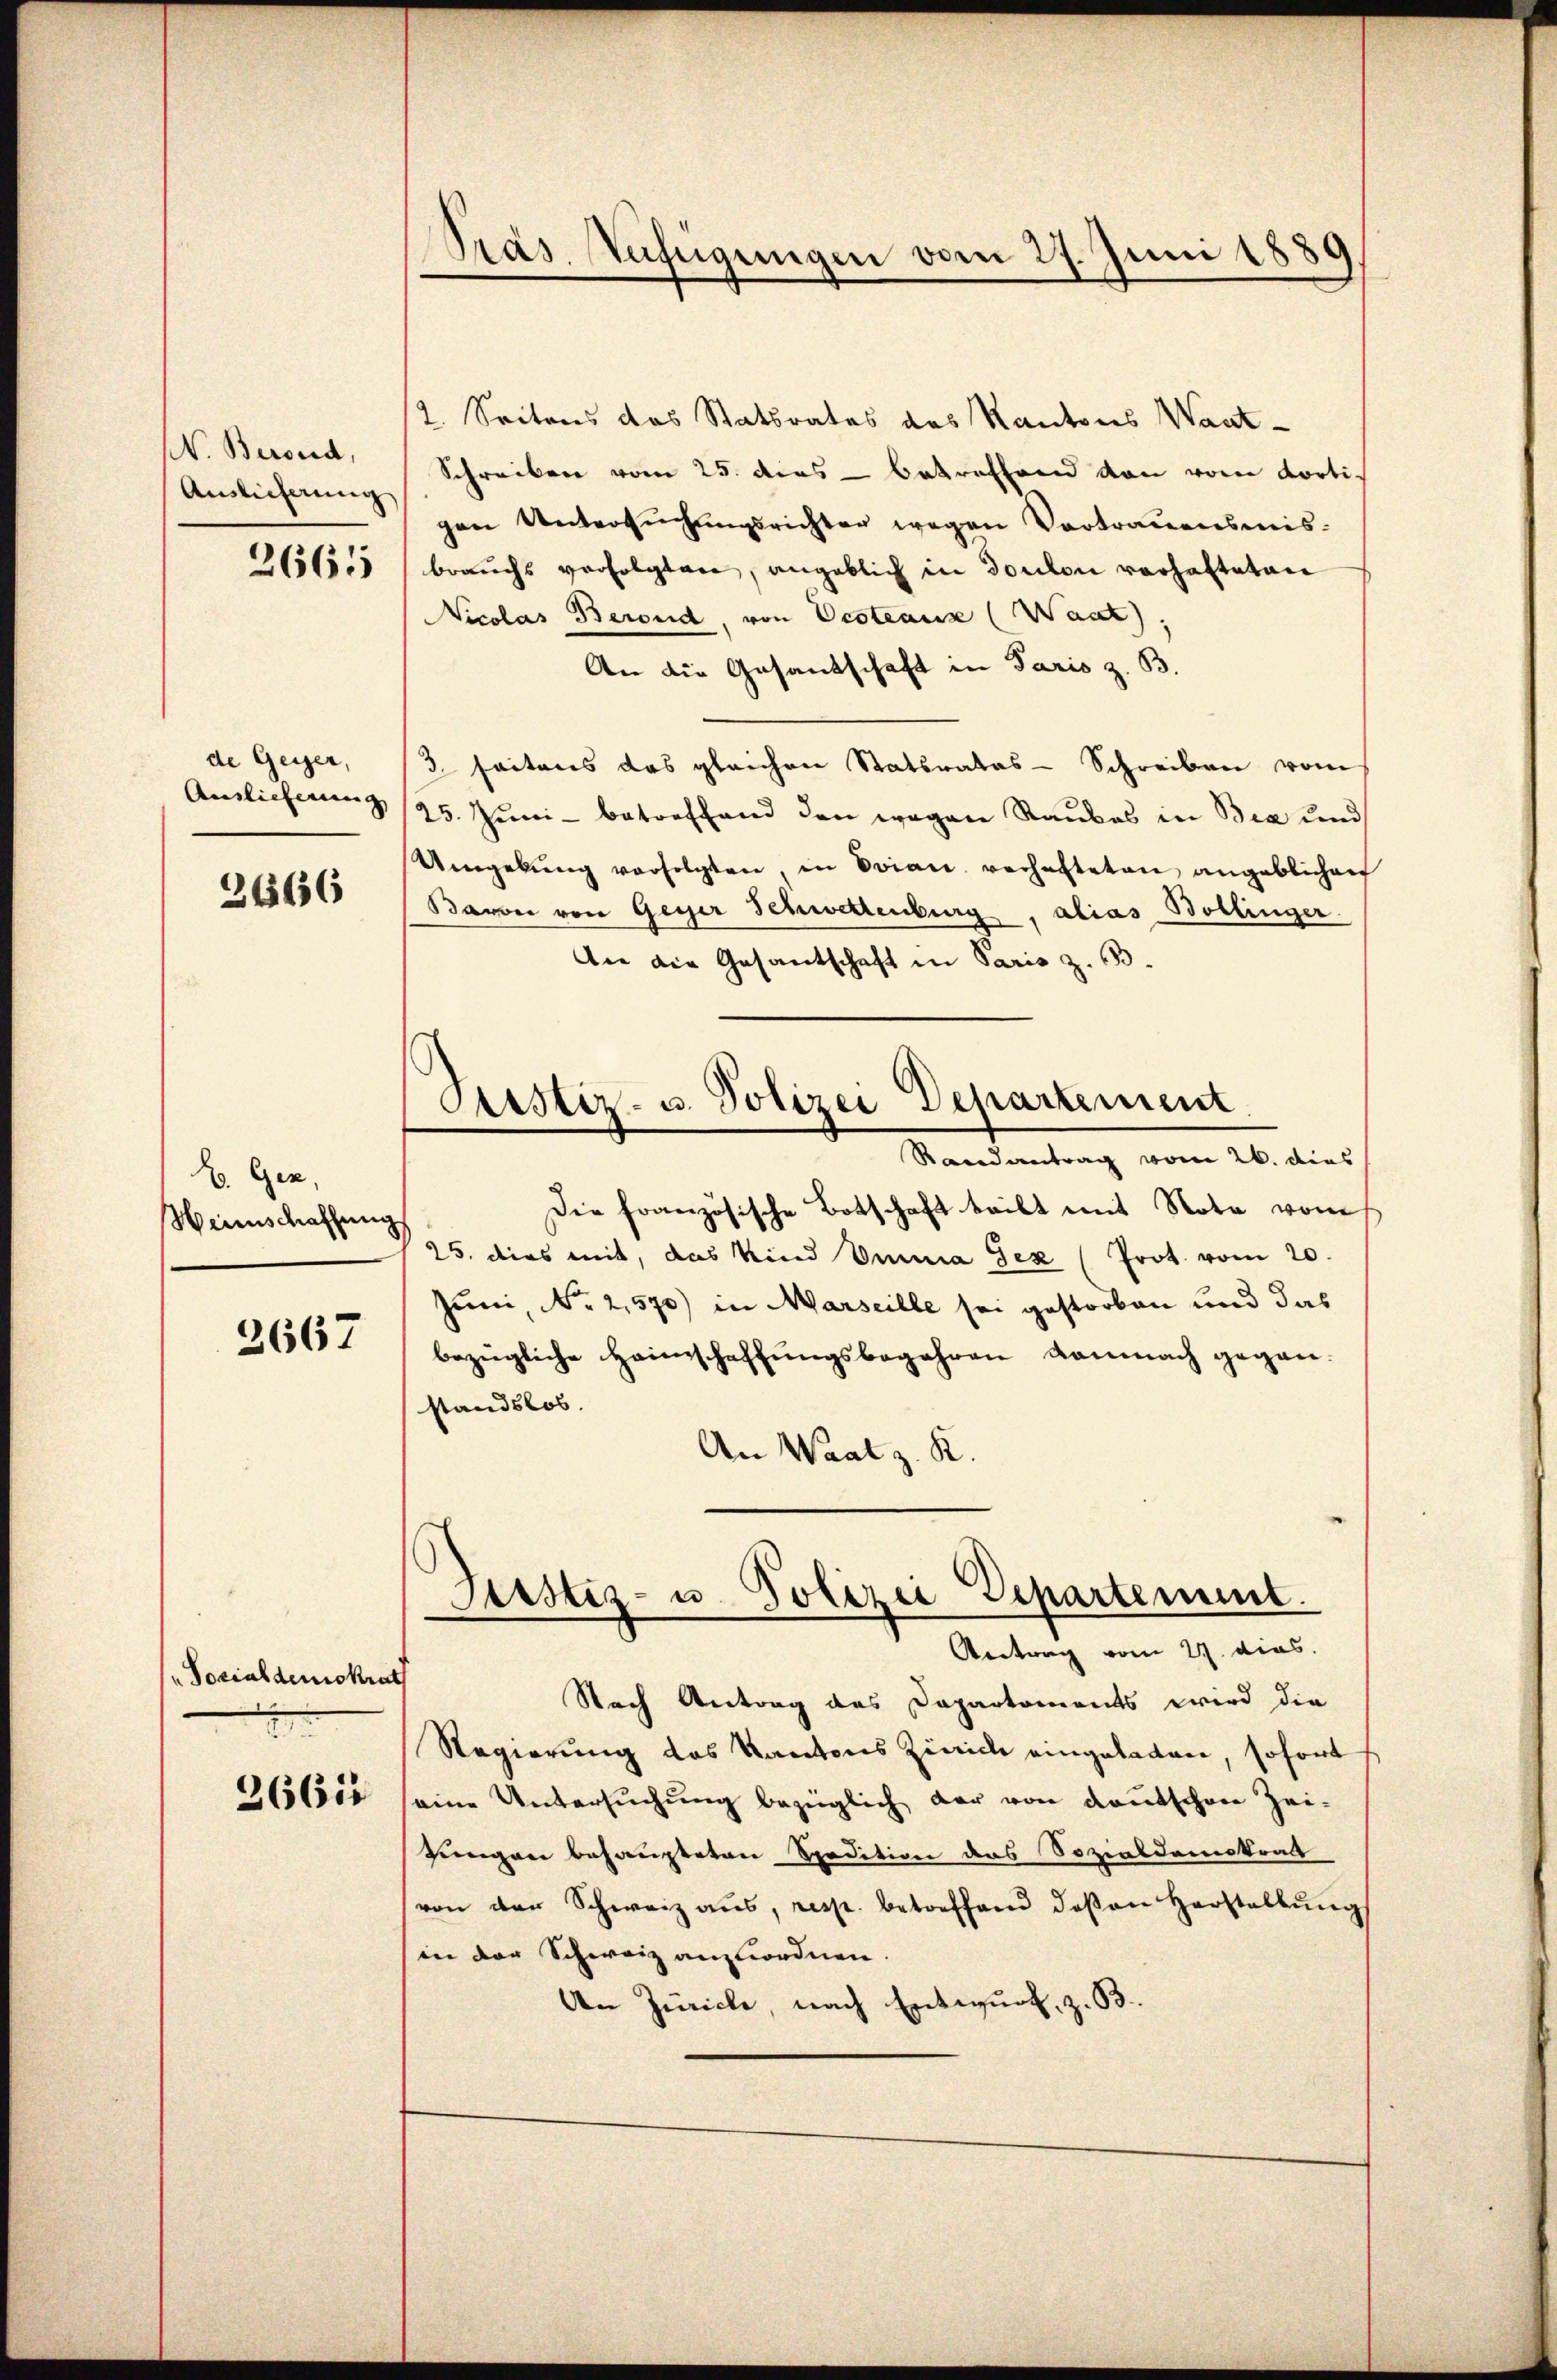
N. Berond,
Auslieferung
2661

de Geger,
Auslieferung,

3666

E. Gez,
Heinschaffung

2667

Sozialdemokrat
2

2665

Pras Verfügungen vom 27. Juni 1880

2. Seitens des Statsrates des Kantons Want-
Schreiben vom 25. dies betreffend von vom dorti-
gen Untersŭchŭngsrichter wegen Vortrauensmis-
brauchs verfolgten, angeblich in doulon vorhafteten
Nicolas Berond, von Oesteaus (Waat),
An die Gesandschaft in Paris z. B.
3. seitens das gleichen Statsrates - Schreiben vom
25. Juni - betreffend den wegen Raubes in Bia und
Umgebŭng verfolgten, in Drian verhafteten angeblichen
Baron von Geyer Schwettenburg, alias Bollinger.
An die Gesantschaft in Paris z. B.
Die französische Botschaft teilt mit Note vom
25. dies mit, das Kind Emma Jez (Prot. vom 20.
Juni, No 2,570) in Marseille sei gestorben und das
bezügliche Heimschaffungsbegehren damnach gegenstandslos.
An Waat z. R.
Justiz- u. Polizei Departement.
Antrag vom 27. dies.
Nach Antrag des Departements wird die
Regierung des Kantons Zürich eingeladen, sofort
eine Untersuchung bezüglich der von Kautschen Zei-
Jungen behaupteten Spedition das Sozialdemokrat
von der Schweiz aus, resp. betreffend deßen Herstellung
in der Schweiz anzuordnen.
An Zürich, nach Entwurf, z. B.

Justiz- u. Polizei Departement
Randantrag vom 26. dies